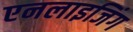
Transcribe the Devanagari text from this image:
एनलाइजिंग